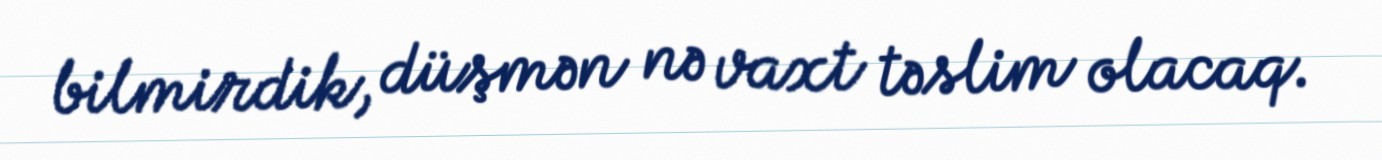
bilmirdik, düşmən nə vaxt təslim olacaq.